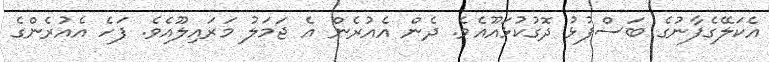
އެކަލޭގެފާނުގެ ބަސްފުޅު ދޮގުކުޅައޫއެވެ. ދެން އެއުރެން އެ ޖަމަލު މަރައިލޫއެވެ. ފަހެ އެއުރެންގެ